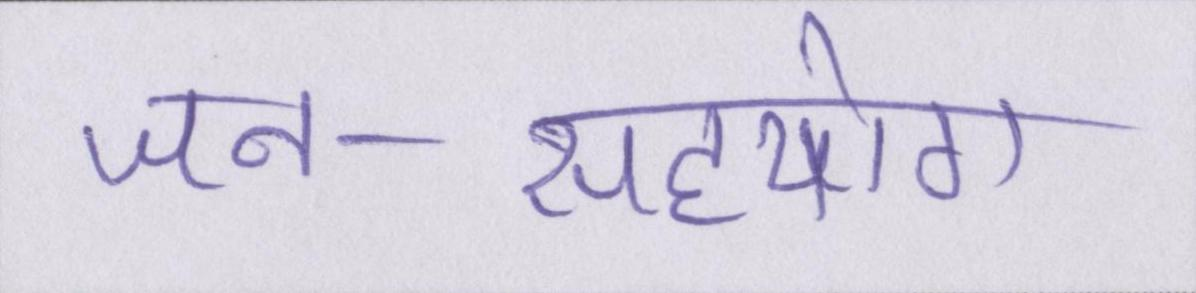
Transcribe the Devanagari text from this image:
जन-सहयोग